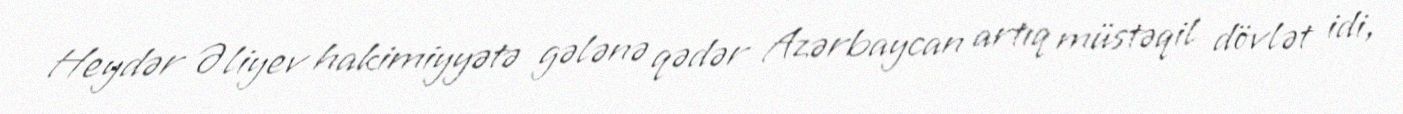
Heydər Əliyev hakimiyyətə gələnə qədər Azərbaycan artıq müstəqil dövlət idi,